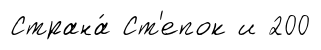
Страна́ Ст'епок и 200